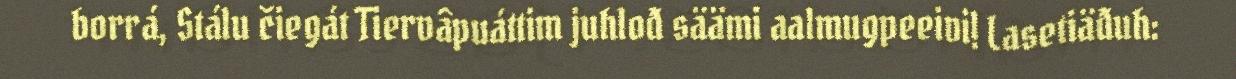
borrá, Stálu čiegát Tiervâpuáttim juhlođ säämi aalmugpeeivi! Lasetiäđuh: